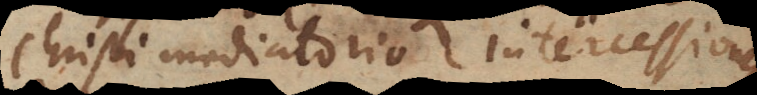
Christi mediatorio intercessiones